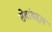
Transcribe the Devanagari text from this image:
सेवांबद्दल